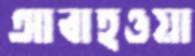
আবাহওয়া